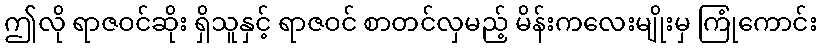
ဤလို ရာဇဝင်ဆိုး ရှိသူနှင့် ရာဇဝင် စာတင်လှမည့် မိန်းကလေးမျိုးမှ ကြုံကောင်း